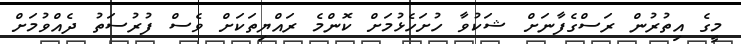
މީގެ އިތުރުން ރަސްގެފާނަށް ޝަކުވާ ހުށަހެޅުމަށް ކޮންމެ ރައްޔިތަކަށް ވެސް ފުރުސަތު ދެއްވުމަށް